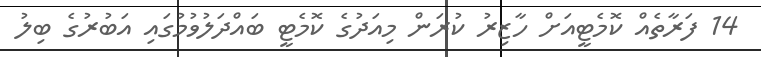
14 ފަރާތެއް ކޮމެޓީއަށް ހާޒިރު ކުރަން މިއަދުގެ ކޮމެޓީ ބައްދަލުވުމުގައި އަބުރުގެ ބިލު